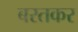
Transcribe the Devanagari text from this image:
बरतकर